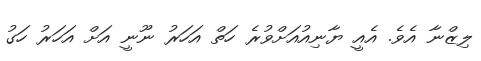
ލިޒްނާ އެވެ. އެއީ ޔާނިއުއަށްވުރެ ހަތް އަހަރު ނޫނީ އަށް އަހަރު ހަގު